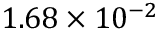
1 . 6 8 \times 1 0 ^ { - 2 }